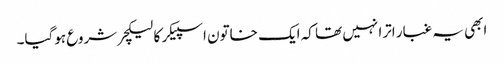
ابھی یہ غبار اترا نہیں تھا کہ ایک خاتون اسپیکر کا لیکچر شروع ہوگیا۔